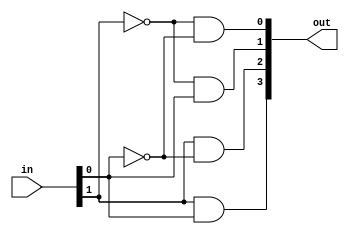

// varianta structurala din porti - cu primitive

module decodor_v1
	(
		input wire [1:0] in,	// definirea intrarilor sub forma de "bus" 
									// bus-ul de intrare se numeste "in" si este pe 2 biti, in[1], in[0]
									// fizic sunt 2 fire distincte, grupate pentru o mai simpla folosire.
		output wire [3:0] out 	// avem o iesire, numita "out" pe 4 biti.
	);
	
wire in_0_inv;
wire in_1_inv;
wire in_0_nat;
wire in_1_nat;

not not_gate_0(in_0_inv,in[0]); // aleg bitul 0 al lui in sa intre in aceasta poarta not;

not not_gate_1(in_1_inv,in[1]); // observatie: cele 2 fire si cele 2 porti putea fi comprimate intr-un bus + poarta not pe 2 biti.

not not_gate_2(in_0_nat,in_0_inv);

not not_gate_3(in_1_nat,in_1_inv);

and and_gate_0(out[0],in_1_inv,in_0_inv);

and and_gate_1(out[1],in_1_inv,in_0_nat);

and and_gate_2(out[2],in_1_nat,in_0_inv);

and and_gate_3(out[3],in_1_nat,in_0_nat);
	
endmodule